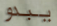
يبدو